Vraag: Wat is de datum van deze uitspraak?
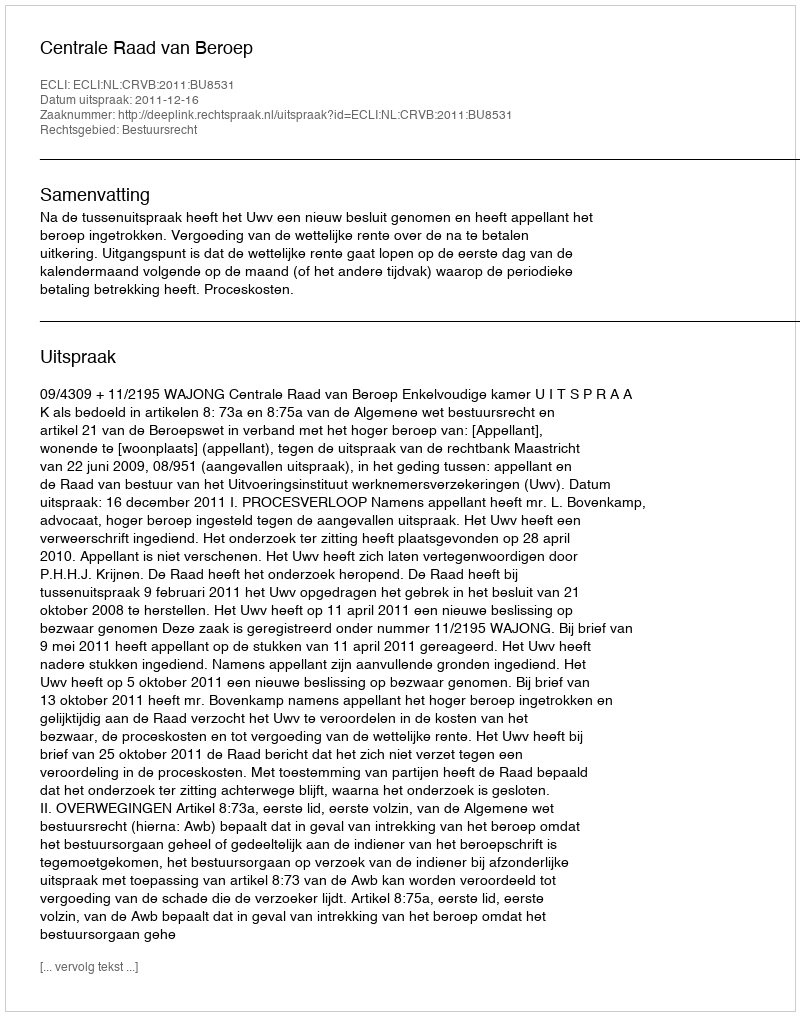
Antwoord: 2011-12-16